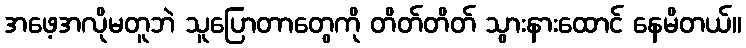
အဖေ့အလိုမတူဘဲ သူပြောတာတွေကို တိတ်တိတ် သွားနားထောင် နေမိတယ်။